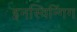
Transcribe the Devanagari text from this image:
इनस्विन्गिंग